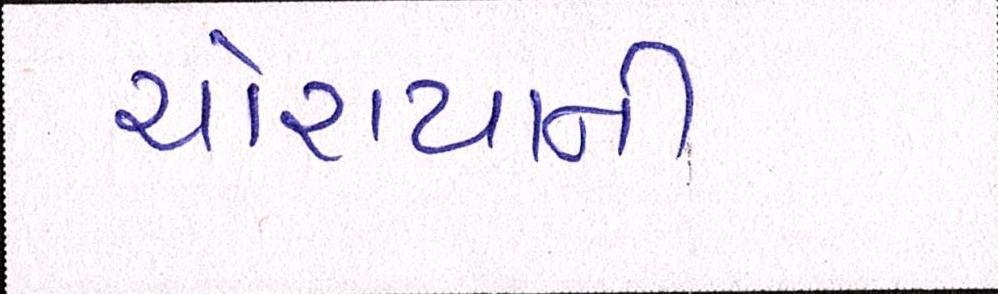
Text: ચોરાયાની